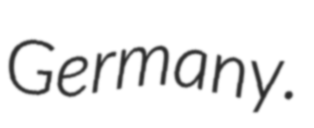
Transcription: Germany.